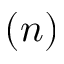
( n )